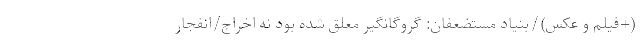
(+فیلم و عکس)/بنیاد مستضعفان: گروگانگیر معلق شده بود نه اخراج/انفجار